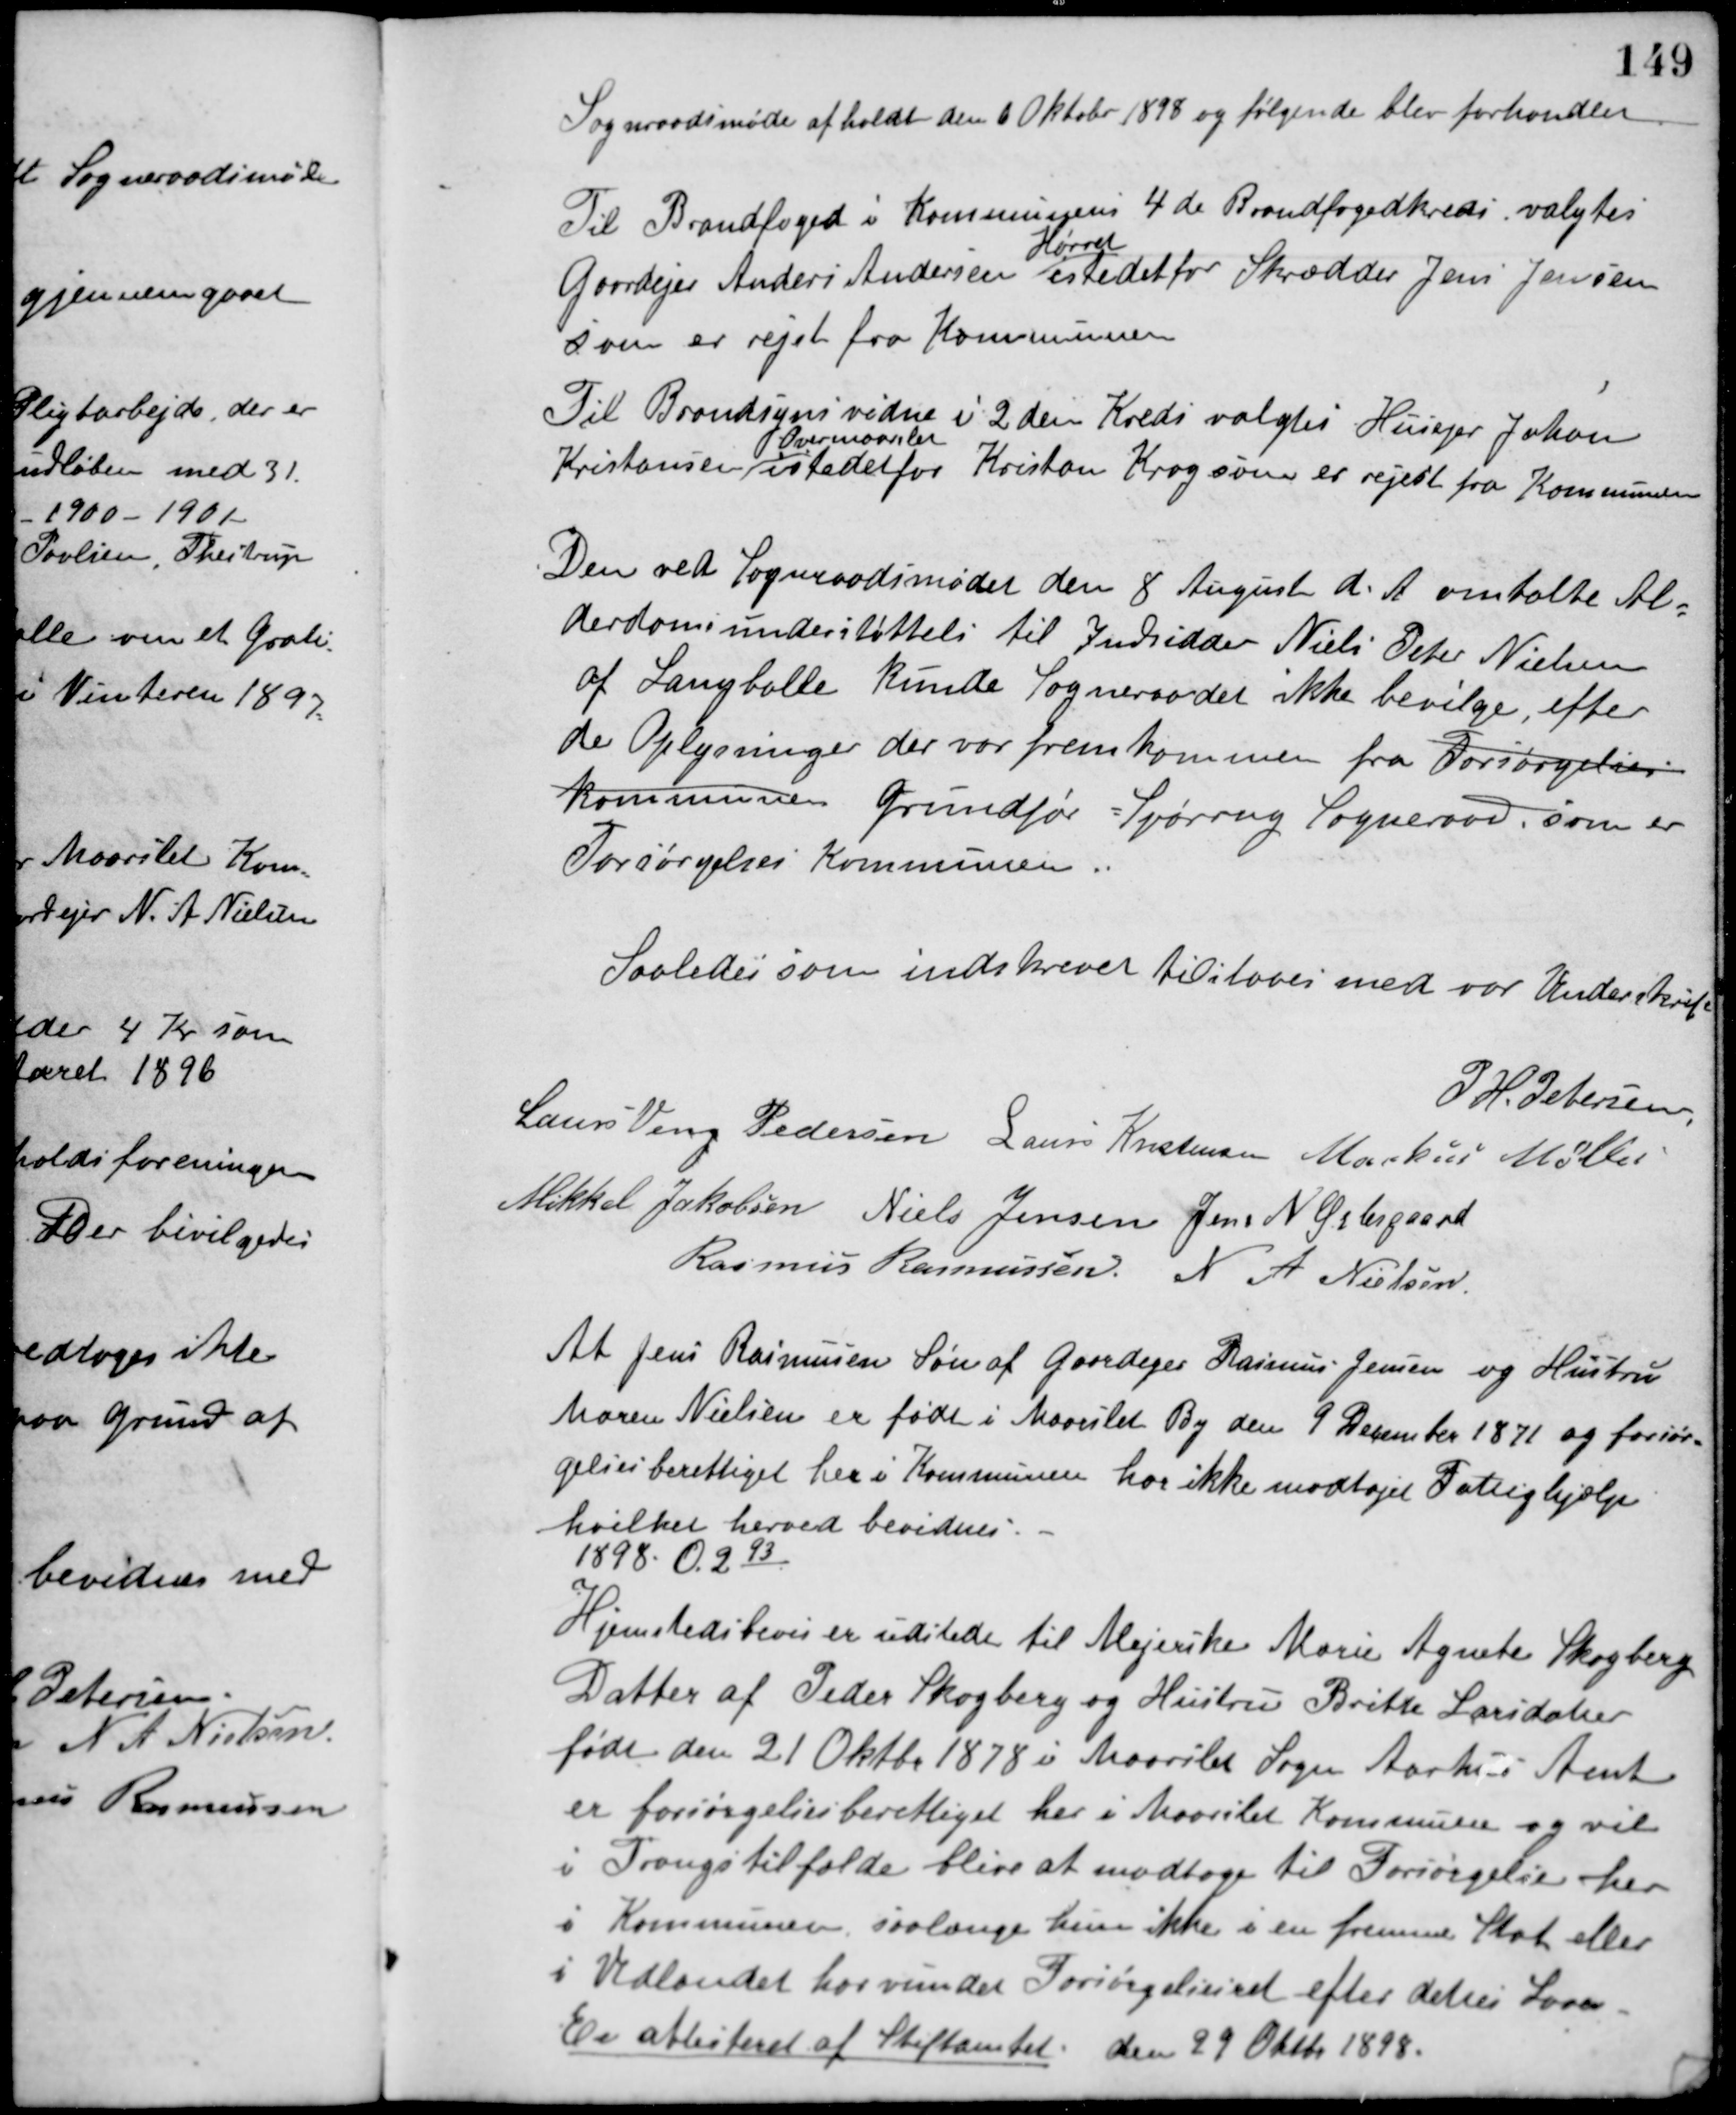
Transskription:
Sogneraadsmøde afholdt den 6 Oktober 1898 og følgende blev forhandlet
Til Brandfoged i Kommunens 4 de Brandfogedkreds valgtes
Gaardejer Anders Andersen
Hørret
istedet for Skrædder Jens Jensen
som er rejst fra Kommunen
Til Brandsynsvidne i 2 den Kreds valgtes Husejer Johan
Kristensen
Overmaarslet
istedetfor Kristian Krog som er rejest fra Kommunen.
Den ved Sogneraadsmødet den 8 August d. A. omtalte Al-
derdomsunderstøttelse til Indsidder Niels Peter Nielsen
af Langballe kunde Sogneraadet ikke bevilge, efter
de Oplysninger der var fremkommen fra Forsørgelses-
kommunen Grundfør-Spørring Sogneraad, som er
Forsørgelses Kommunen.
Saaledes som indskrevet tilstaaes med vor Underskrift
P. H. Petersen
Laurs Veng Pedersen Laurs Kristensen Markus Møller
Mikkel Jakobsen Niels Jensen Jens N. Østergaard
Rasmus Rasmussen N. A. Nielsen
At Jens Rasmussen Søn af Gaardejer Rasmus Jensen og Hustru
Maren Nielsen er født i Maarslet By den 9 December 1871 og forsør-
gelsesberettiget her i Kommunen har ikke modtaget Fattighjælp
hvilket herved bevidnes.
1898. O. 293
Hjemstedsbevis er udstedt til Mejerske Marie Agnete Skogberg
Datter af Peder Skogberg og Hustru Britte Larsdatter
født den 21 Oktbr. 1878 i Maarslet Sogn Aarhus Amt
er forsørgelsesberettiget her i Maarslet Kommune og vil
i Trangstilfælde blive at modtage til Forsørgelse her
i Kommunen, saalænge hun ikke i en fremmed Stat eller
i Udlandet har vundet Forsørgelsesret efter dettes Love.
Er attesteret af Stiftamtet den 29 Oktbr 1898.